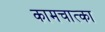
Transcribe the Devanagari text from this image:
कामचात्का